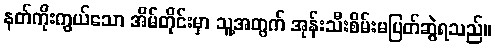
နတ်ကိုးကွယ်သော အိမ်တိုင်းမှာ သူ့အတွက် အုန်းသီးစိမ်းမပြတ်ဆွဲရသည်။